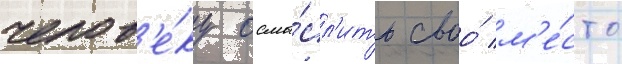
челов'е́ку осмы́сл'ить своо́ м'е́сто